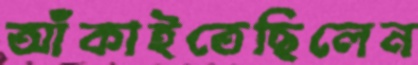
আঁকাইতেছিলেন